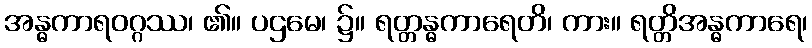
အန္ဓကာရဝဂ္ဂဿ၊ ၏။ ပဌမေ၊ ၌။ ရတ္တန္ဓကာရေတိ၊ ကား။ ရတ္တိအန္ဓကာရေ၊